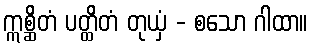
ဣစ္ဆိတံ ပတ္ထိတံ တုယှံ - စသော ဂါထာ။